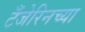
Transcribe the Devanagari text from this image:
टँजेरिनच्या